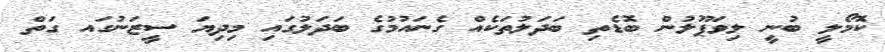
ކޮމޯލީ ބުނީ ލިވަޕޫލުން ބޮޑެތި ބަދަލުތަކެއް ގެނައުމުގެ ބަދަލުގައި މިދިޔަ ސީޒަނުގައ ގަތް